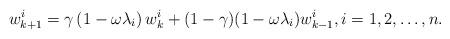
LaTeX: \begin{align*}w_{k+1}^i = \gamma \left( 1 - \omega\lambda_i \right) w_k^i + (1-\gamma) ( 1 - \omega\lambda_i ) w_{k-1}^i, i=1,2,\dots,n.\end{align*}